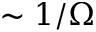
\sim 1 / \Omega